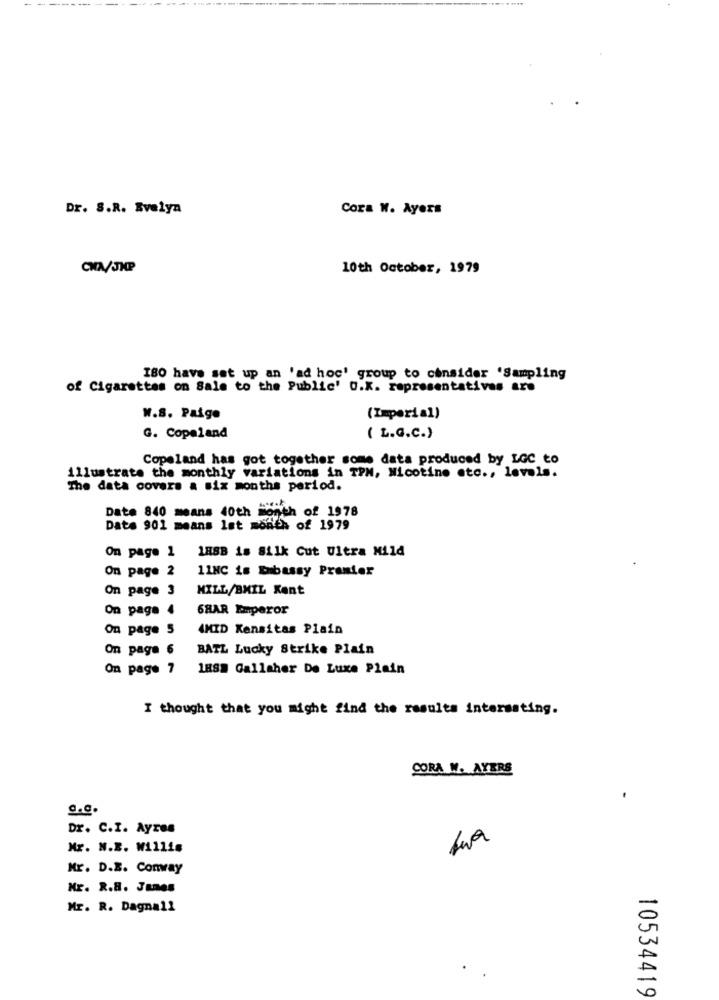
---
Dr. S.R. Evelyn
Cora W. Ayers
CNN/JHP
10th October, 1979
180 have set up an 'ad hoc' group to consider 'Sampling
of Cigarettes on Sale to the Public' O.K. representatives are
W.S. Paige
(Imperial)
G. Copeland
( L.G.C.)
Copeland has got together some data produced by LGC to
illustrate the monthly variations in TPM, Nicotine etc ., levels.
The data covers a six months period.
Date 840 means 40th month of 1978
Date 901 means lst month of 1979
On page 1 188B is Silk Cut Ultra Mild
On page 2
11NC is Embassy Premier
On page 3
MILL/BMIL Kent
On page 4
68AR Emperor
On page 5
AMID Kensitas Plain
On page 6
BATL Lucky Strike Plain
On page 7
188# Gallaher De Luxe Plain
I thought that you might find the results interssting.
CORA W. AYERS
g.c.
Dr. C.I. Ayres
Mr. N.B. Willis
Mr. D.B. Comray
Mr. R.B. Janes
Mr. R. Dagnall
10534419